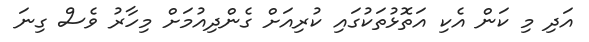
އަދި މި ކަން އެކި އަތޮޅުތަކުގައި ކުރިއަށް ގެންދިއުމަށް މިހާރު ވެސް ގިނަ